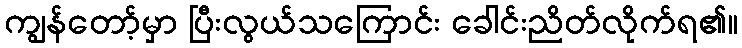
ကျွန်တော့်မှာ ပြီးလွယ်သကြောင်း ခေါင်းညိတ်လိုက်ရ၏။